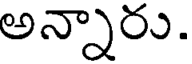
అన్నారు.